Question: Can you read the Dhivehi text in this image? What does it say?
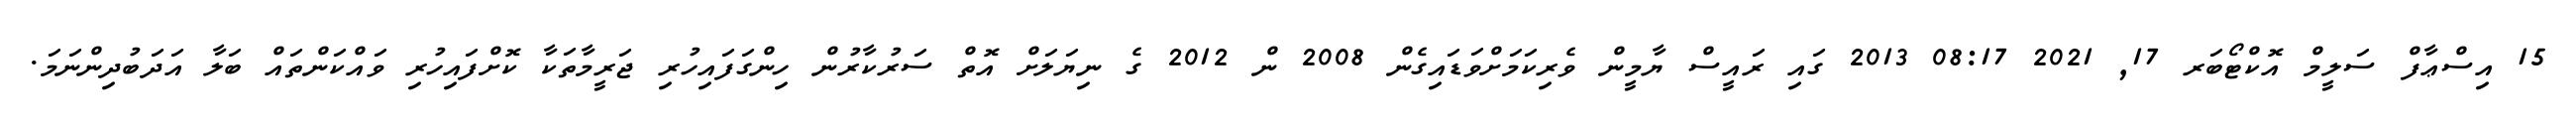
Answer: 15 އިސްޢާފް ސަލީމް އޮކްޓޯބަރ 17, 2021 08:17 2013 ގައި ރައީސް ޔާމީން ވެރިކަމަށްވަޑައިގެން 2008 ން 2012 ގެ ނިޔަލަށް އޮތް ސަރުކާރުން ހިންގަފައިހުރި ޖަރީމާތަކާ ކޮށްފައިހުރި ވައްކަންތައް ބަލާ އަދަބުދިންނަމަ.